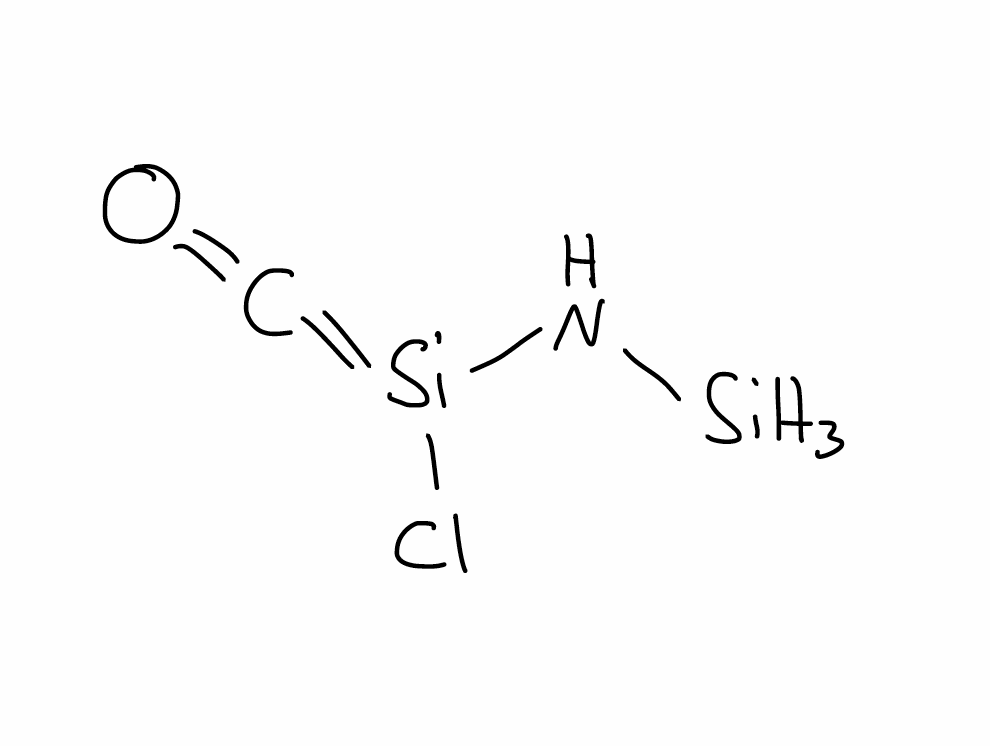
Simplified molecular-input line-entry system (SMILES) notation of the given molecule:
C(=O)=[Si](N[SiH3])Cl